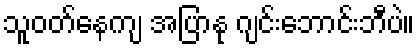
သူဝတ်နေကျ အပြာနု ဂျင်းဘောင်းဘီပဲ။